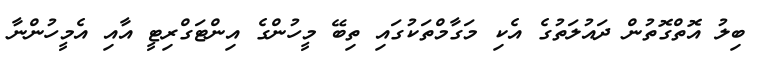
ބިލު އޮތްގޮތުން ދައުލަތުގެ އެކި މަގާމްތަކުގައި ތިބޭ މީހުންގެ އިންޓަގްރިޓީ އާއި އެމީހުންނާ